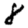
Digit: 8